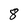
Character: 8